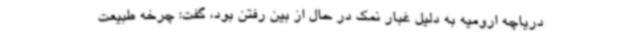
دریاچه ارومیه به دلیل غبار نمک در حال از بین رفتن بود، گفت: چرخه طبیعت